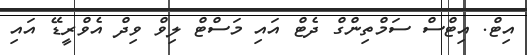
އިޓް. އިޓްސް ސަމްތިންގް ދެޓް އައި މަސްޓް ލިވް ވިދް އެވްރީޑޭ އައި